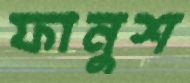
ফানুশ